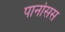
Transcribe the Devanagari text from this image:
पार्नासस